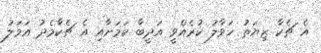
އެ ޗެކާ ޒިޔަތު ހަވާލު ކުރެއްވީ އަދީބާ ކަމަށާއި އެ ޗެކާމެދު އަމަލު